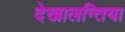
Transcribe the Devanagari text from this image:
देखालन्तिया